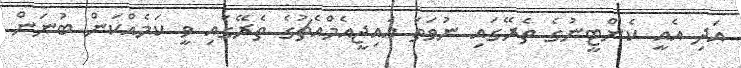
އަދި އެއީ ކެންޓީނުގެ ތެރޭގައި ނުވަތަ އައިޖީއެމްއެޗުގެ ތެރޭގައި ވީ ކަމެއްކަން ބުނަން